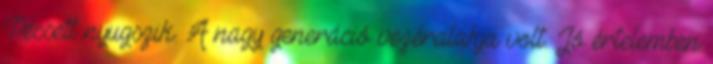
Pécsett nyugszik. A nagy generáció vezéralakja volt. Jó értelemben